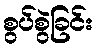
စွပ်စွဲခြင်း